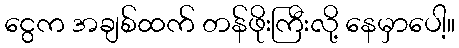
ငွေက အချစ်ထက် တန်ဖိုးကြီးလို့ နေမှာပေါ့။